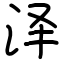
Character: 泽